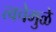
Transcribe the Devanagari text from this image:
त्वचेमुळे